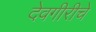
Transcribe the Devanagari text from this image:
देवगीरीचे